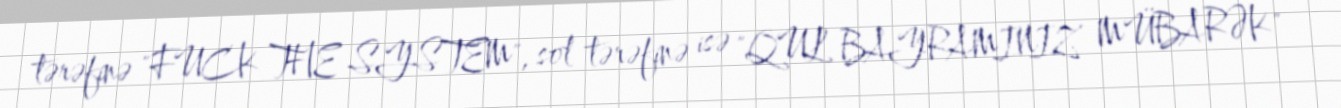
tərəfinə "FUCK THE SYSTEM", sol tərəfinə isə "QUL BAYRAMINIZ MÜBARƏK"